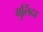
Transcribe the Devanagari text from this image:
गुलिंदा